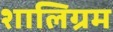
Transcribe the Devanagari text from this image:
शालिग्रम